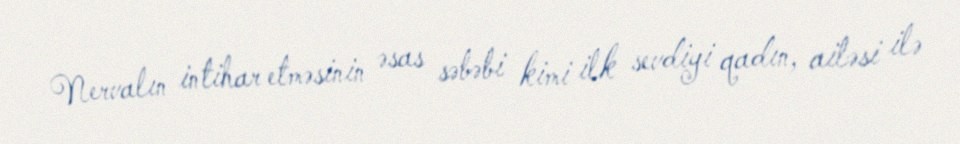
Nervalın intihar etməsinin əsas səbəbi kimi ilk sevdiyi qadın, ailəsi ilə